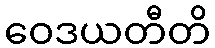
ဝေဒယတီတိ